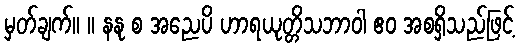
မှတ်ချက်။ ။ နနု စ အညေပိ ဟာရယုတ္တိသဘာဝါ ဧဝ အစရှိသည်ဖြင့်